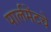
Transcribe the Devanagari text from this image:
पार्लमेंटचे